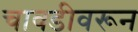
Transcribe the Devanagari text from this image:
चावडीवरून